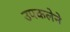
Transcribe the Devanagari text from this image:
उपकलेने